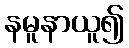
နမူနာယူ၍